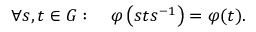
\forall s , t \in G : \quad \varphi \left( s t s ^ { - 1 } \right) = \varphi ( t ) .